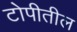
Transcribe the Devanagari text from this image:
टोपीतील